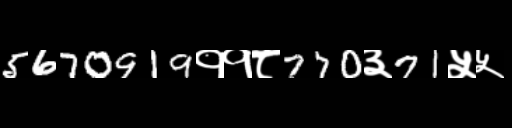
Text: 5670919११८770३71५५